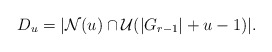
\begin{align*}D_u = |\mathcal{N}(u) \cap \mathcal{U}(|G_{r-1}| + u -1)|. \end{align*}